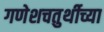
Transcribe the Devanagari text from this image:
गणेशचतुर्थीच्या